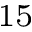
^ { 1 5 }